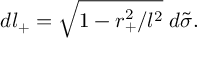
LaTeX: d l _ { + } = \sqrt { 1 - r _ { + } ^ { 2 } / l ^ { 2 } } \; d \tilde { \sigma } .